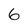
Character: 6